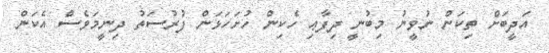
އަދީބަށް ތިކަން ނުވީނު މިބުނީ ދިފާޢި ހެކިން ހުށަހަޅަން ފުރުސަތު ދިނީމަވެސް އެކަން